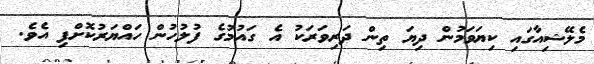
މެލޭޝިިއާގައި ކިޔަވަމުން ދިޔަ ތިން ދަރިވަރަކު އެ ގައުމުގެ ފުލުހުން ހައްޔަރުކޮށްފި އެވެ.